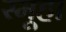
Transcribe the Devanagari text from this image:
स्मूहा